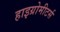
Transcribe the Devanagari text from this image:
हाइग्रोमीटर्स